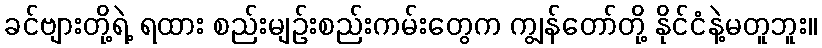
ခင်ဗျားတို့ရဲ့ ရထား စည်းမျဉ်းစည်းကမ်းတွေက ကျွန်တော်တို့ နိုင်ငံနဲ့မတူဘူး။